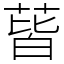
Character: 蒈